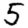
Digit: 5